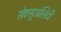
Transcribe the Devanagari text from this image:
सेक्सुअलिटी